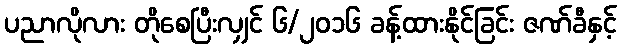
ပညာလိုလား တိုစေပြီးလျှင် ၆/၂၀၁၆ ခန့်ထားနိုင်ခြင်း ဇဏ်ခီနှင့်